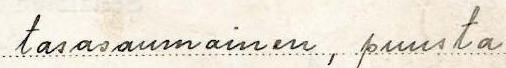
tasasaumainen, puusta